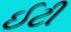
ઈટી